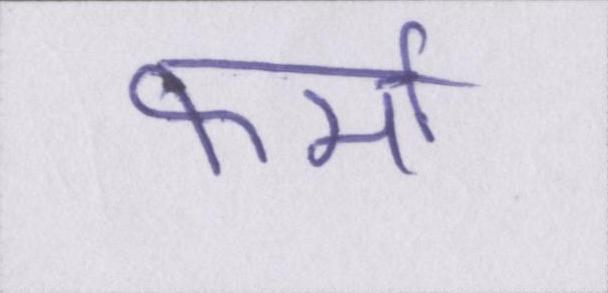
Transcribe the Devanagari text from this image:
फर्मा